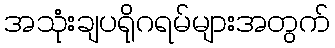
အသုံးချပရိုဂရမ်များအတွက်